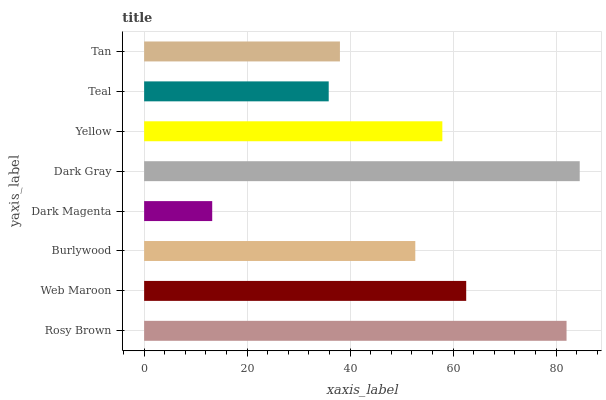
| yaxis_label | bars |
 | --- | --- |
 | Rosy Brown | 82 |
 | Web Maroon | 62.5 |
 | Burlywood | 52.7 |
 | Dark Magenta | 13.2 |
 | Dark Gray | 84.6 |
 | Yellow | 57.9 |
 | Teal | 35.8 |
 | Tan | 38 |